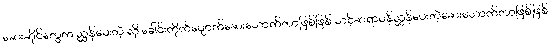
ဆေးဆိုင်တွေက ညွှန်ပေးတဲ့ လို ခေါင်းကိုက်ပျောက်ဆေးသောက်တာဖြစ်ဖြစ် သင့်ဆရာဝန်ညွှန်ပေးတဲ့ဆေးသောက်တာဖြစ်ဖြစ်